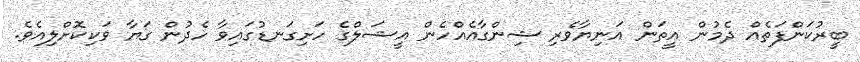
ބީރުކަންފަތެއް ދެމުން އީތަން އަނިޔާވެރި ޝިންގާއެއްހެން އީޝަލްގެ ހަށިގަނޑުގައިވާ ހެދުން ގަޔާ ވަކިކޮށްލިއެވެ.